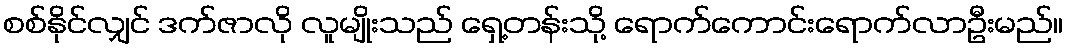
စစ်နိုင်လျှင် ဒက်ဇာလို လူမျိုးသည် ရှေ့တန်းသို့ ရောက်ကောင်းရောက်လာဦးမည်။